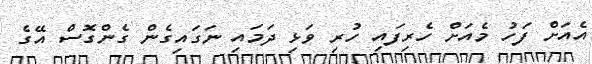
އެއަށް ފަހު މެއަށް ހެރިފައި ހުރި ވަޅި ދަމައި ނަގައިގެން ގެންގޮސް އޭގެ